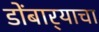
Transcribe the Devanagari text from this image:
डोंबार्‍याचा